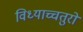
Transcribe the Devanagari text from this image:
विध्याच्चतुरो